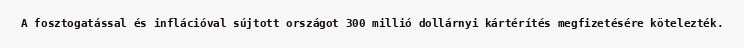
A fosztogatással és inflációval sújtott országot 300 millió dollárnyi kártérítés megfizetésére kötelezték.